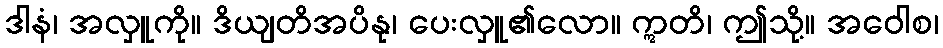
ဒါနံ၊ အလှူကို။ ဒိယျတိအပိနု၊ ပေးလှူ၏လော။ ဣတိ၊ ဤသို့။ အဝေါစ၊